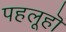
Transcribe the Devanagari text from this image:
पहलूहॊं